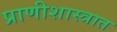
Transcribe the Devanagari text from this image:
प्राणीशास्त्रात